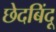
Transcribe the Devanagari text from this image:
छेदबिंदू